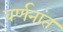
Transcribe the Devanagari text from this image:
वर्णनांत